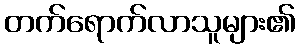
တက်ရောက်လာသူများ၏